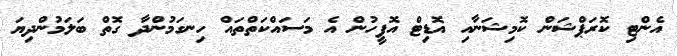
އެންޓި ކޮރަޕްޝަން ކޮމިޝަނާއި އޮޑިޓް އޮފީހުން އެ މަސައްކަތްތައް ހިނގަމުންދާ ގޮތް ބަލަމުންދިޔަ